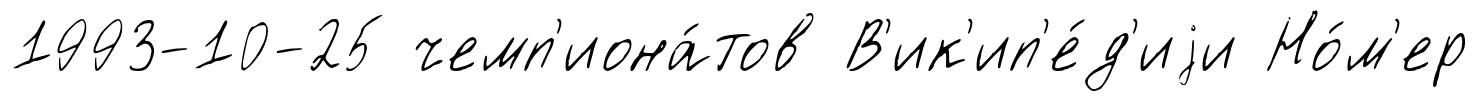
1993-10-25 чемп'иона́тов В'ик'ип'е́д'иjи Но́м'ер